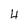
Character: 4